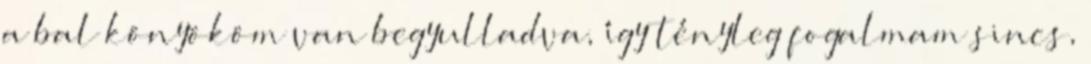
a bal könyököm van begyulladva, így tényleg fogalmam sincs,